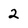
Character: 2